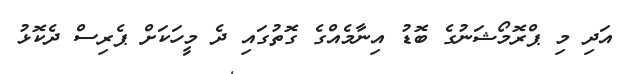
އަދި މި ޕްރޮމޯޝަނުގެ ބޮޑު އިނާމެއްގެ ގޮތުގައި ދެ މީހަކަށް ޕެރިސް ދެކޮޅު